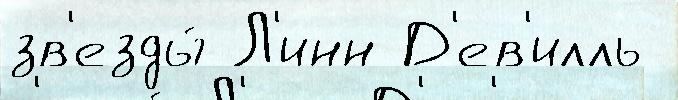
зв'езды́ Л'инн Д'ев'илль